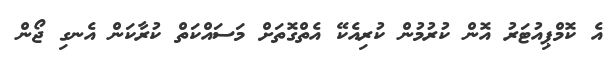
އެ ކޮމްޕިއުޓަރު އޮން ކުރުމުން ކުރިއެކޭ އެތްގޮތަށް މަސައްކަތް ކުރާކަން އެނގި ޖޯން